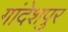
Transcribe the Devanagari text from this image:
गांदेशपुर